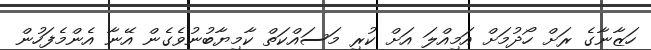
ހަޒާނާގެ ރަށް ހޯދުމަށް އަމިއްލަ އަށް ކުރި މަސައްކަތް ކާމިޔާބުނުވެގެން އޭނާ އެންމެފަހުން